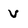
Character: v